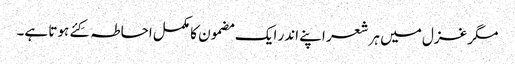
مگر غزل میں ہر شعر اپنے اندر ایک مضمون کا مکمل احاطہ کِئے ہوتا ہے۔